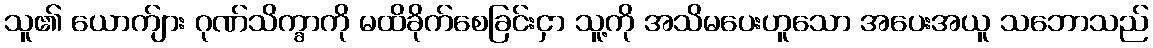
သူ၏ ယောက်ျား ဂုဏ်သိက္ခာကို မထိခိုက်စေခြင်းငှာ သူ့ကို အသိမပေးဟူသော အပေးအယူ သဘောသည်